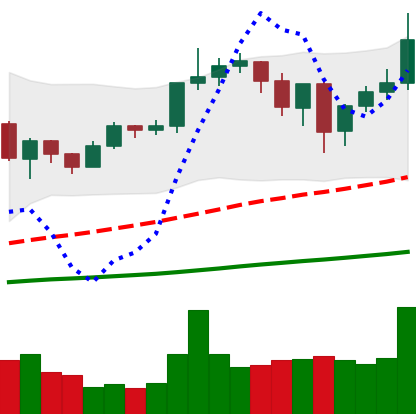
Ticker: ETH-USD
Chart end date: 2020-12-27
Forward return: 6.991%
Label: up_5_7